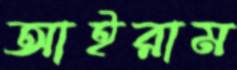
আইরাম